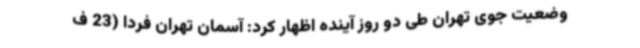
وضعیت جوی تهران طی دو روز آینده اظهار کرد: آسمان تهران فردا (23 ف